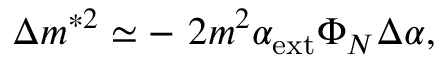
\Delta m ^ { * 2 } \simeq - ~ 2 m ^ { 2 } \alpha _ { \mathrm { e x t } } \Phi _ { N } \Delta \alpha ,